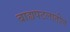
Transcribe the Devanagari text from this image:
बाह्यपटलातील